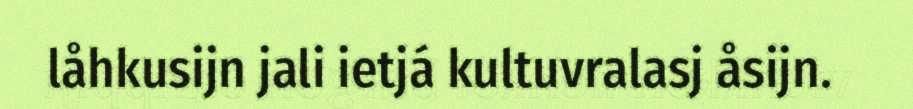
låhkusijn jali ietjá kultuvralasj åsijn.